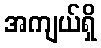
အကျယ်ရှိ